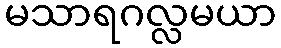
မသာရဂလ္လမယာ